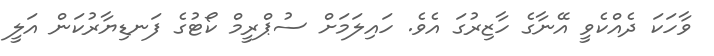
ވާހަކަ ދެއްކެވީ އޭނާގެ ހާޒިރުގަ އެވެ. ހައިލަމަށް ސުޕްރީމް ކޯޓުގެ ފަނޑިޔާރުކަން އަލީ